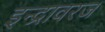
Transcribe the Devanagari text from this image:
इन्द्रावरज